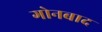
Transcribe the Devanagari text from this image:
गोनबाद